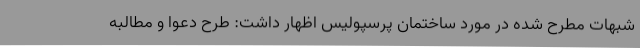
شبهات مطرح شده در مورد ساختمان پرسپولیس اظهار داشت: طرح دعوا و مطالبه